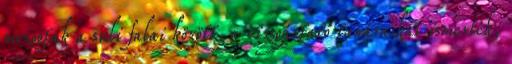
mozogtak a suli falai között, a vizsgáztató tanáraikat ismerték,